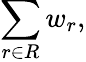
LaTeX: \sum_{r\in R}w_{r},